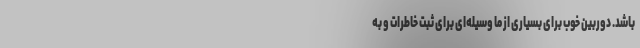
باشد. دوربین خوب برای بسیاری از ما وسیله‌ای برای ثبت خاطرات و به